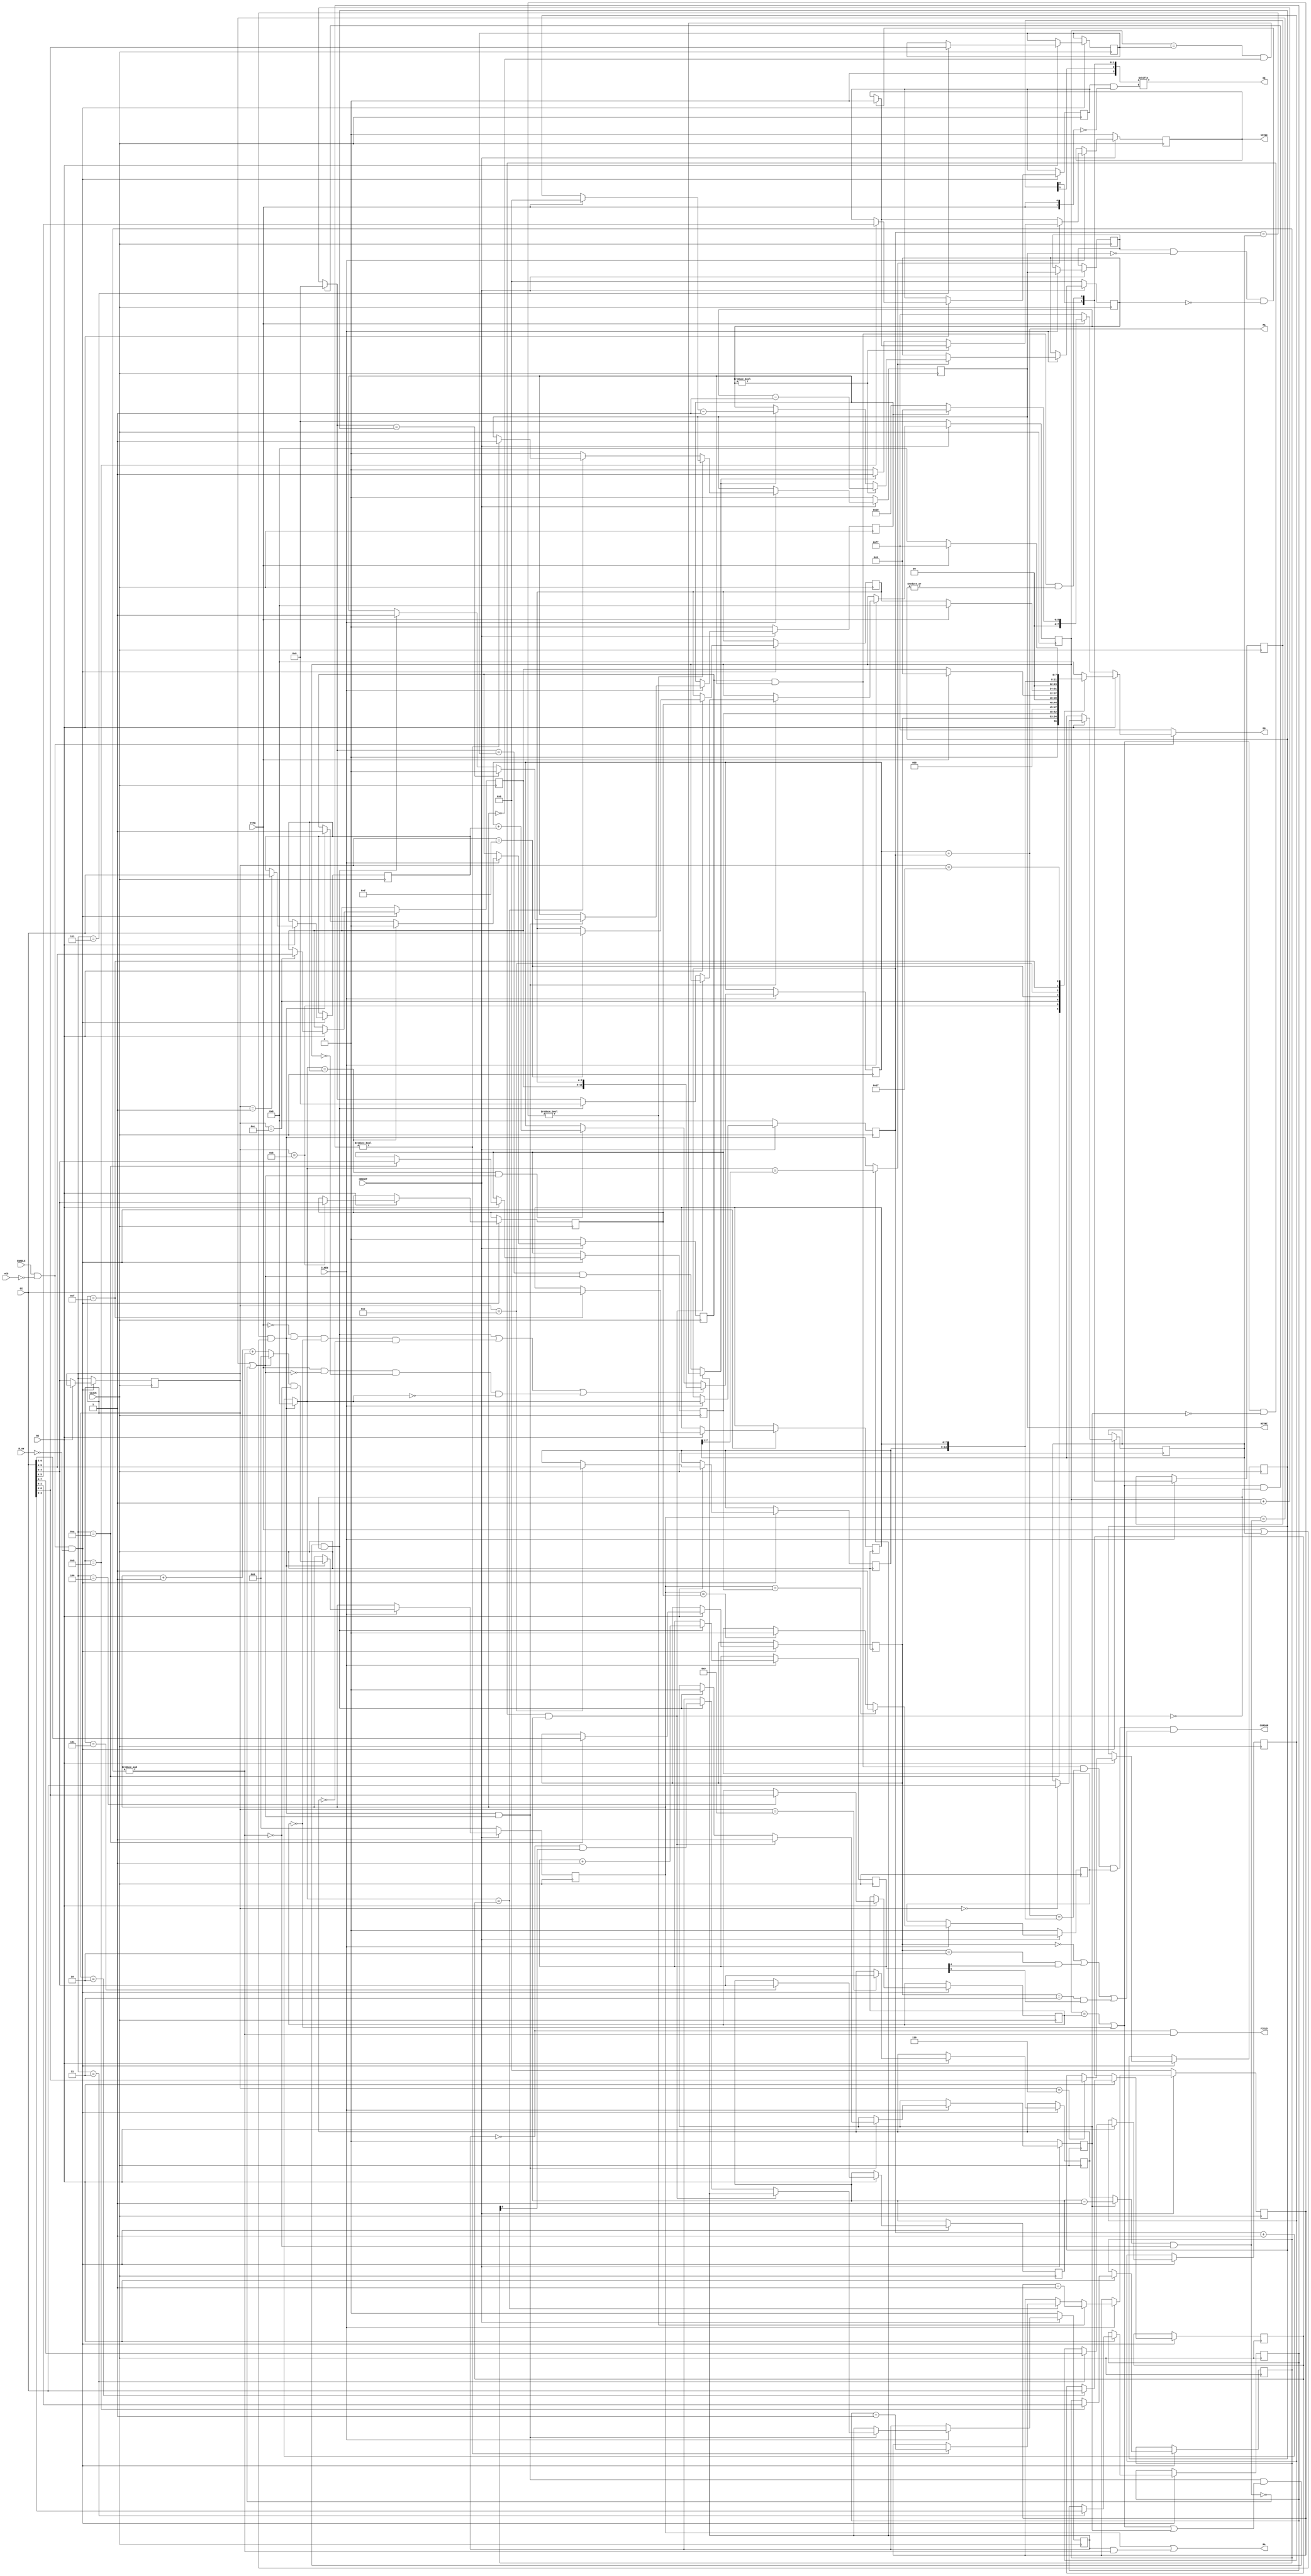
module UM6845R
(
  	input            CLOCK,
	input            CLKEN,
	input            nRESET,
	input            TYPE,

	input            ENABLE,
	input            nCS,
	input            R_nW,
	input            RS,
	input      [7:0] DI,
	output reg [7:0] DO,
	
	output reg       VSYNC,
	output reg       HSYNC,
	output           DE,
	output           FIELD,
	output           CURSOR,

	output    [13:0] MA,
	output     [4:0] RA
);

/* verilator lint_off WIDTH */

assign FIELD = ~field & interlace[0];

assign MA = row_addr + hcc;
assign RA = line | (field & interlace[0]);

assign DE = de[R8_skew & ~{2{TYPE}}];

reg [7:0] R0_h_total = 0;
reg [7:0] R1_h_displayed = 0;
reg [7:0] R2_h_sync_pos = 0;
reg [3:0] R3_v_sync_width;
reg [3:0] R3_h_sync_width = 0;
reg [6:0] R4_v_total;
reg [4:0] R5_v_total_adj;
reg [6:0] R6_v_displayed;
reg [6:0] R7_v_sync_pos;
reg [1:0] R8_skew;
reg [1:0] R8_interlace;
reg [4:0] R9_v_max_line;
reg [1:0] R10_cursor_mode;
reg [4:0] R10_cursor_start;
reg [4:0] R11_cursor_end;
reg [5:0] R12_start_addr_h;
reg [7:0] R13_start_addr_l;
reg [5:0] R14_cursor_h;
reg [7:0] R15_cursor_l;

reg [4:0] addr;
always @(*) begin
	DO = 8'hFF;
	if (ENABLE & ~nCS) begin
		if (RS) begin
			case (addr)
				10: DO = {R10_cursor_mode, R10_cursor_start};
				11: DO = R11_cursor_end;
				12: DO = TYPE ? 8'h00 : R12_start_addr_h;
				13: DO = TYPE ? 8'h00 : R13_start_addr_l;
				14: DO = R14_cursor_h;
				15: DO = R15_cursor_l;
				31: DO = TYPE ? 8'hFF : 8'h00;
			 default: DO = 0;
			endcase
		end
		else if(TYPE) begin
			DO = vde ? 8'h00 : 8'h20; // status for CRTC1
		end
	end
end

always @(posedge CLOCK) begin
	if (ENABLE & ~nCS & ~R_nW) begin
		if (~RS) addr <= DI[4:0];
		else begin
			case (addr)
				00: R0_h_total <= DI;
				01: R1_h_displayed <= DI;
				02: R2_h_sync_pos <= DI;
				03: {R3_v_sync_width,R3_h_sync_width} <= DI;
				04: R4_v_total <= DI[6:0];
				05: R5_v_total_adj <= DI[4:0];
				06: R6_v_displayed <= DI[6:0];
				07: R7_v_sync_pos <= DI[6:0];
				08: {R8_skew, R8_interlace} <= {DI[5:4],DI[1:0]};
				09: R9_v_max_line <= DI[4:0];
				10: {R10_cursor_mode,R10_cursor_start} <= DI[6:0];
				11: R11_cursor_end <= DI[4:0];
				12: R12_start_addr_h <= DI[5:0];
				13: R13_start_addr_l <= DI[7:0];
				14: R14_cursor_h <= DI[5:0];
				15: R15_cursor_l <= DI[7:0];
			endcase
		end
	end
end

wire [4:0] interlace = &R8_interlace[1:0];

reg        in_adj;

reg  [7:0] hcc = 0;
wire       hcc_last  = (hcc == R0_h_total) && (TYPE || R0_h_total); // always false if !R0_h_total on CRTC0
wire [7:0] hcc_next  = hcc_last ? 8'h00 : hcc + 1'd1;

reg  [4:0] line;
wire [4:0] line_max  = (in_adj ? R5_v_total_adj-1'd1 : R9_v_max_line) & ~interlace;
wire       line_last = (line == line_max) || !line_max;
wire [4:0] line_next = (line_last ? 5'd0 : line + 1'd1 + interlace) & ~interlace;
wire       line_new  = hcc_last;

reg  [6:0] row;
wire       row_last  = (row == R4_v_total) || !R4_v_total;
wire [6:0] row_next  = (row_last & ~frame_adj) ? 7'd0 : row + 1'd1;
wire       row_new   = line_new & line_last;

wire       frame_adj = row_last && ~in_adj && R5_v_total_adj;
wire       frame_new = row_new & (row_last | in_adj) & ~frame_adj;

// counters
reg  field;
always @(posedge CLOCK) begin
	if(~nRESET) begin
		hcc    <= 0;
		line   <= 0;
		row    <= 0;
		in_adj <= 0;
		field  <= 0;
	end
	else if(CLKEN) begin
		hcc <= hcc_next;
		if(line_new) line <= line_next;
		if(row_new) begin
			if(frame_adj) in_adj <= 1;
			else if(frame_new) begin
				in_adj <= 0;
				row <= 0;
				field <= ~field & R8_interlace[0];
			end
			else row <= row_next;
		end
	end
end

wire CRTC1_reload =  TYPE & ~line_last & !row & !hcc_next; //CRTC1 reloads addr on every line of 1st row
wire CRTC0_reload = ~TYPE & line_new & !R4_v_total & !R9_v_max_line;

// address
reg  [13:0] row_addr;
always @(posedge CLOCK) begin
	if(CLKEN) begin
		if(hcc_next == R1_h_displayed && line_last) row_addr <= row_addr + R1_h_displayed;
		if(frame_new | CRTC0_reload | CRTC1_reload) row_addr <= {R12_start_addr_h, R13_start_addr_l};
	end
end

// horizontal output
reg hde;
reg [3:0] hsc;
always @(posedge CLOCK) begin
	if(~nRESET) begin
		hsc    <= 0;
		hde    <= 0;
		HSYNC  <= 0;
	end
	else if (CLKEN) begin
		if(line_new)                   hde <= 1;
		if(hcc_next == R1_h_displayed) hde <= 0;

		if(hsc) hsc <= hsc - 1'd1;
		else if (hcc_next == R2_h_sync_pos) begin
			if(R3_h_sync_width) begin
				HSYNC <= 1;
				hsc <= R3_h_sync_width - 1'd1;
			end
		end
		else HSYNC <= 0;
	end
end

// vertical output
reg vde;
reg old_hs;
reg [3:0] vsc;
always @(posedge CLOCK) begin
	if(~nRESET) begin
		vsc    <= 0;
		vde    <= 0;
		VSYNC  <= 0;
	end
	else if (CLKEN) begin
		if(row_new) begin
			if(frame_new)                  vde <= 1;
			if(row_next == R6_v_displayed) vde <= 0;
		end

		// separate 2 concatenated VSYNCs
		old_hs <= HSYNC;
		if(old_hs && ~HSYNC && !vsc) VSYNC <= 0;

		if(field ? (hcc_next == {1'b0, R0_h_total[7:1]}) : line_new) begin
			if(vsc) vsc <= vsc - 1'd1;
			else if (field ? (row == R7_v_sync_pos && !line) : (row_next == R7_v_sync_pos && line_last)) begin
				VSYNC <= 1;
				vsc <= (TYPE ? 4'd0 : R3_v_sync_width) - 1'd1;
			end
			else VSYNC <= 0;
		end
	end
end

wire [3:0] de = {1'b0, dde[1:0], hde & vde & |R6_v_displayed};
reg  [1:0] dde;
always @(posedge CLOCK) if (CLKEN) dde <= {dde[0],de[0]};

// Cursor blink
reg[5:0] curcc;
always @(posedge CLOCK) if (CLKEN) if(frame_new) curcc <= curcc+1'd1;

wire cde = R10_cursor_mode == 2'b00 || (R10_cursor_mode == 2'b10 && curcc[4]) || (R10_cursor_mode == 2'b11 && curcc[5]);

// Cursor control
reg cursor_line;
assign CURSOR = hde & vde & MA == {R14_cursor_h, R15_cursor_l} & cursor_line & cde;

always @(posedge CLOCK) begin

	if(~nRESET) begin
		cursor_line <= 0;
	end
	else if (CLKEN) begin
		if (line == R10_cursor_start)
			cursor_line <= 1;
		else if (line == R11_cursor_end)
			cursor_line <= 0;
		end
	end

endmodule